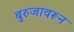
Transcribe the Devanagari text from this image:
बुरुजावरून